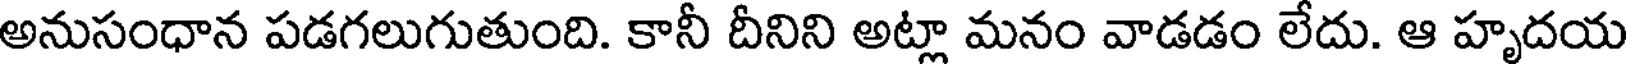
అనుసంధాన పడగలుగుతుంది. కానీ దీనిని అట్లా మనం వాడడం లేదు. ఆ హృదయ